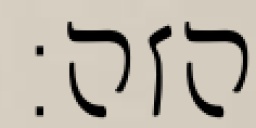
הזה: